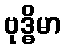
ဗုဒ္ဓိမာ